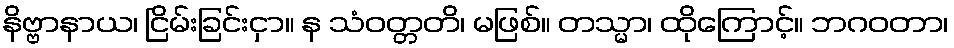
နိဗ္ဗာနာယ၊ ငြိမ်းခြင်းငှာ။ န သံဝတ္တတိ၊ မဖြစ်။ တသ္မာ၊ ထိုကြောင့်။ ဘဂဝတာ၊